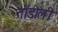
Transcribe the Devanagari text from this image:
तॉडोली